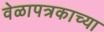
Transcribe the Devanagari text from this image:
वेळापत्रकाच्या